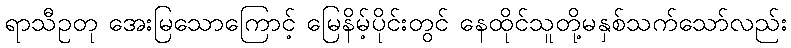
ရာသီဥတု အေးမြသောကြောင့် မြေနိမ့်ပိုင်းတွင် နေထိုင်သူတို့မနှစ်သက်သော်လည်း